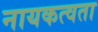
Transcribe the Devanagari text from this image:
नायकत्वता